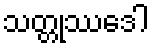
သတ္တုဿဒေါ